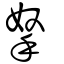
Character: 拏